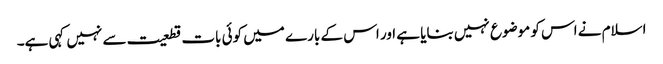
اسلام نے اس کو موضوع نہیں بنایا ہے اور اس کے بارے میں کوئی بات قطعیت سے نہیں کہی ہے۔